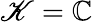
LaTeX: \mathscr{K}=\mathbb{{C}}